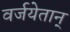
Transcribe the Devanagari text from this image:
वर्जयेतान्